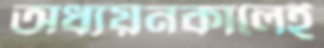
অধ্যয়নকালেই